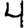
Digit: 4